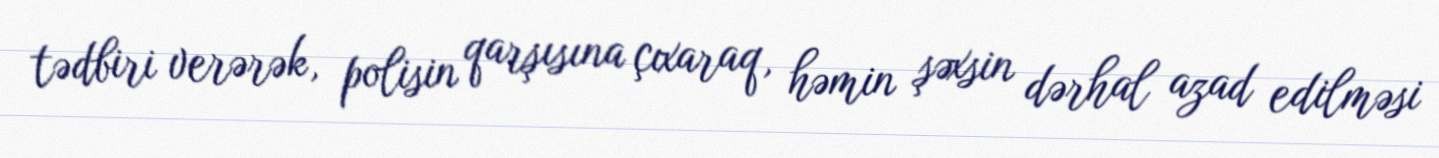
tədbiri verərək, polisin qarşısına çıxaraq, həmin şəxsin dərhal azad edilməsi